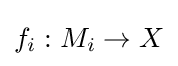
f_{i}:M_{i}\to X